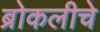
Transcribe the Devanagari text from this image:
ब्रोकलीचे